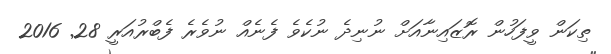
ތިކަން ވީފަހުން ރޮޒައިނާއަށް ނުނިދެ ނުކެވެ ފެނެއް ނުވެރެ ފެބްރުއަރީ 28